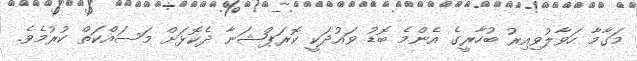
މަގާމާ ހަވާލުވިއިރު ބުހާރީގެ އެންމެ ބޮޑު ވައުދަކީ ކޮރަޕްޝަނާ ދެކޮޅަށް މަސައްކަތް ކުރުމެވެ.